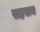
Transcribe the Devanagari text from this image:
सहसन